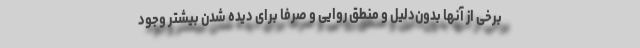
برخی از آنها بدون‌دلیل و منطق روایی و صرفا برای دیده شدن بیشتر وجود